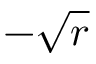
- \sqrt { r }